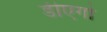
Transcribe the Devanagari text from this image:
डीएगो